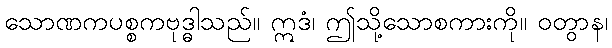
သောဏကပစ္စကဗုဒ္ဓါသည်။ ဣဒံ၊ ဤသို့သောစကားကို။ ဝတွာန၊